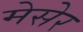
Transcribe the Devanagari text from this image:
मेसेर